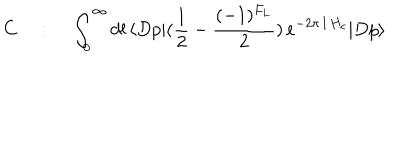
LaTeX: C ~ : ~ \int _ { 0 } ^ { \infty } d l \, \langle D p | ( { \frac { 1 } { 2 } } - { \frac { ( - 1 ) ^ { F _ { L } } } { 2 } } ) \, e ^ { - 2 \pi \, l \, H _ { c } } | D p \rangle